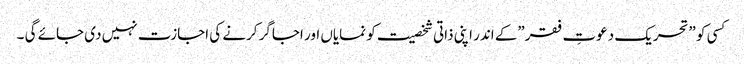
کسی کو ”تحریک دعوتِ فقر”کے اندر اپنی ذاتی شخصیت کو نمایاں اور اجاگر کرنے کی اجازت نہیں دی جائے گی ۔